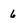
Character: 6